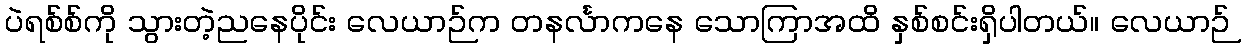
ပဲရစ်စ်ကို သွားတဲ့ညနေပိုင်း လေယာဉ်က တနင်္လာကနေ သောကြာအထိ နှစ်စင်းရှိပါတယ်။ လေယာဉ်